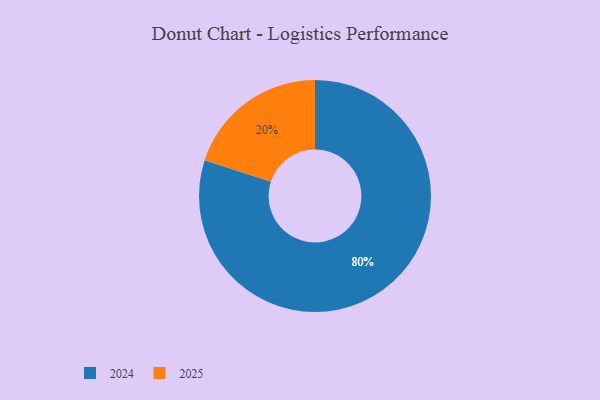
{"axis": {"x": "Category", "y": "Percentage"}, "legend": ["2024", "2025"], "data": [{"x": "2025", "y": 20, "type": "2025"}, {"x": "2024", "y": 80, "type": "2024"}]}